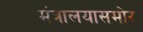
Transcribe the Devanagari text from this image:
मंत्रालयासमोर